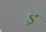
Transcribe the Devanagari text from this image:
ड्र